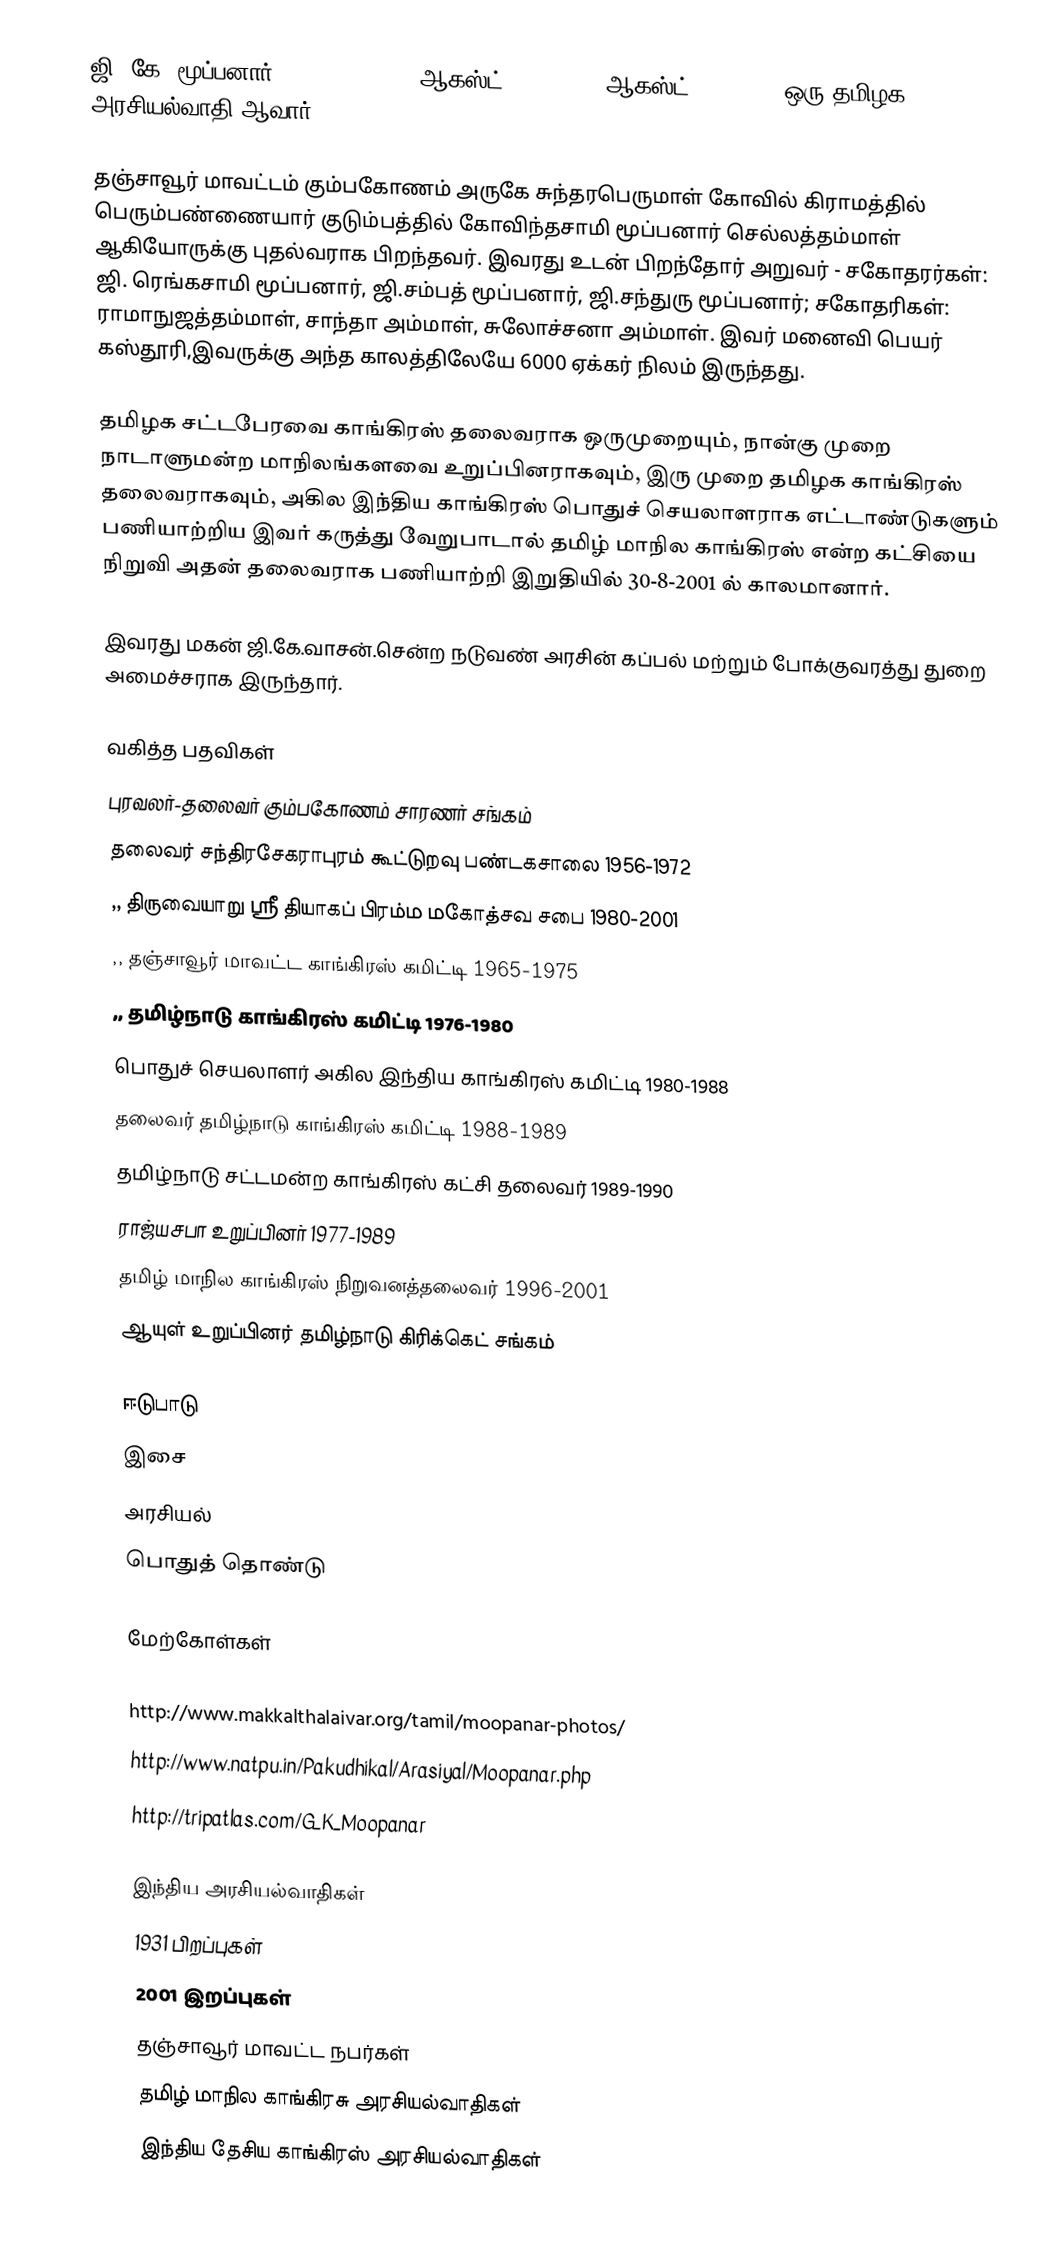
ஜி. கே. மூப்பனார் (G. K. Moopanar ஆகஸ்ட் 19, 1931 - 	ஆகஸ்ட் 30, 2001) ஒரு தமிழக அரசியல்வாதி ஆவார்.

தஞ்சாவூர் மாவட்டம்  கும்பகோணம் அருகே சுந்தரபெருமாள் கோவில் கிராமத்தில் பெரும்பண்ணையார் குடும்பத்தில் கோவிந்தசாமி மூப்பனார் செல்லத்தம்மாள் ஆகியோருக்கு புதல்வராக பிறந்தவர். இவரது உடன் பிறந்தோர் அறுவர் - சகோதரர்கள்: ஜி. ரெங்கசாமி மூப்பனார், ஜி.சம்பத் மூப்பனார், ஜி.சந்துரு மூப்பனார்; சகோதரிகள்: ராமாநுஜத்தம்மாள், சாந்தா அம்மாள், சுலோச்சனா அம்மாள். இவர் மனைவி பெயர் கஸ்தூரி,இவருக்கு அந்த காலத்திலேயே 6000 ஏக்கர் நிலம் இருந்தது.

தமிழக சட்டபேரவை காங்கிரஸ் தலைவராக  ஒருமுறையும், நான்கு முறை  நாடாளுமன்ற மாநிலங்களவை உறுப்பினராகவும், இரு முறை தமிழக காங்கிரஸ் தலைவராகவும், அகில இந்திய காங்கிரஸ் பொதுச் செயலாளராக எட்டாண்டுகளும் பணியாற்றிய இவர் கருத்து வேறுபாடால் தமிழ் மாநில காங்கிரஸ் என்ற கட்சியை நிறுவி அதன் தலைவராக பணியாற்றி இறுதியில் 30-8-2001 ல் காலமானார்.

இவரது மகன் ஜி.கே.வாசன்.சென்ற நடுவண் அரசின் கப்பல் மற்றும் போக்குவரத்து துறை அமைச்சராக இருந்தார்.

வகித்த பதவிகள்
 புரவலர்-தலைவர் கும்பகோணம் சாரணர் சங்கம்
 தலைவர் சந்திரசேகராபுரம் கூட்டுறவு பண்டகசாலை 1956-1972
 ,, திருவையாறு ஸ்ரீ தியாகப் பிரம்ம மகோத்சவ சபை 1980-2001
 ,, தஞ்சாவூர் மாவட்ட காங்கிரஸ் கமிட்டி 1965-1975
 ,, தமிழ்நாடு காங்கிரஸ் கமிட்டி 1976-1980
 பொதுச் செயலாளர் அகில இந்திய காங்கிரஸ் கமிட்டி 1980-1988
 தலைவர் தமிழ்நாடு காங்கிரஸ் கமிட்டி 1988-1989
 தமிழ்நாடு சட்டமன்ற காங்கிரஸ் கட்சி தலைவர் 1989-1990
 ராஜ்யசபா உறுப்பினர் 1977-1989
 தமிழ் மாநில காங்கிரஸ் நிறுவனத்தலைவர் 1996-2001
 ஆயுள் உறுப்பினர் தமிழ்நாடு கிரிக்கெட் சங்கம்

ஈடுபாடு
 இசை
 அரசியல்
 பொதுத் தொண்டு

மேற்கோள்கள்

 http://www.makkalthalaivar.org/tamil/moopanar-photos/
 http://www.natpu.in/Pakudhikal/Arasiyal/Moopanar.php
 http://tripatlas.com/G_K_Moopanar

இந்திய அரசியல்வாதிகள்
1931 பிறப்புகள்
2001 இறப்புகள்
தஞ்சாவூர் மாவட்ட நபர்கள்
தமிழ் மாநில காங்கிரசு அரசியல்வாதிகள்
இந்திய தேசிய காங்கிரஸ் அரசியல்வாதிகள்